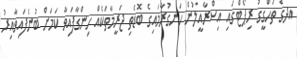
އދގެ ތަހްގީގު ރިޕޯޓްގައި އިސްރާއީލުން ހަނގުރާމައިގެ ބޮޑެތި ޖަރީމާތަކެއް ހިންގާފައިވާ ކަމަށް ބުނެފައިވާއިރު